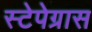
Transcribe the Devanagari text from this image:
स्टेपेग्रास